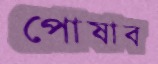
পোষাব